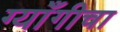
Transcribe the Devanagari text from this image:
ग्याँगीचा